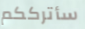
سأترككم